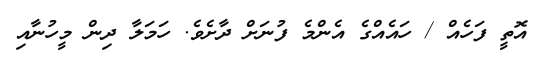
އޮތީ ފަހެއް / ހައެއްގެ އެންމެ ފުނަށް ދާށެވެ. ހަމަލާ ދިން މީހުނާއި